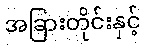
အခြားတိုင်းနှင့်